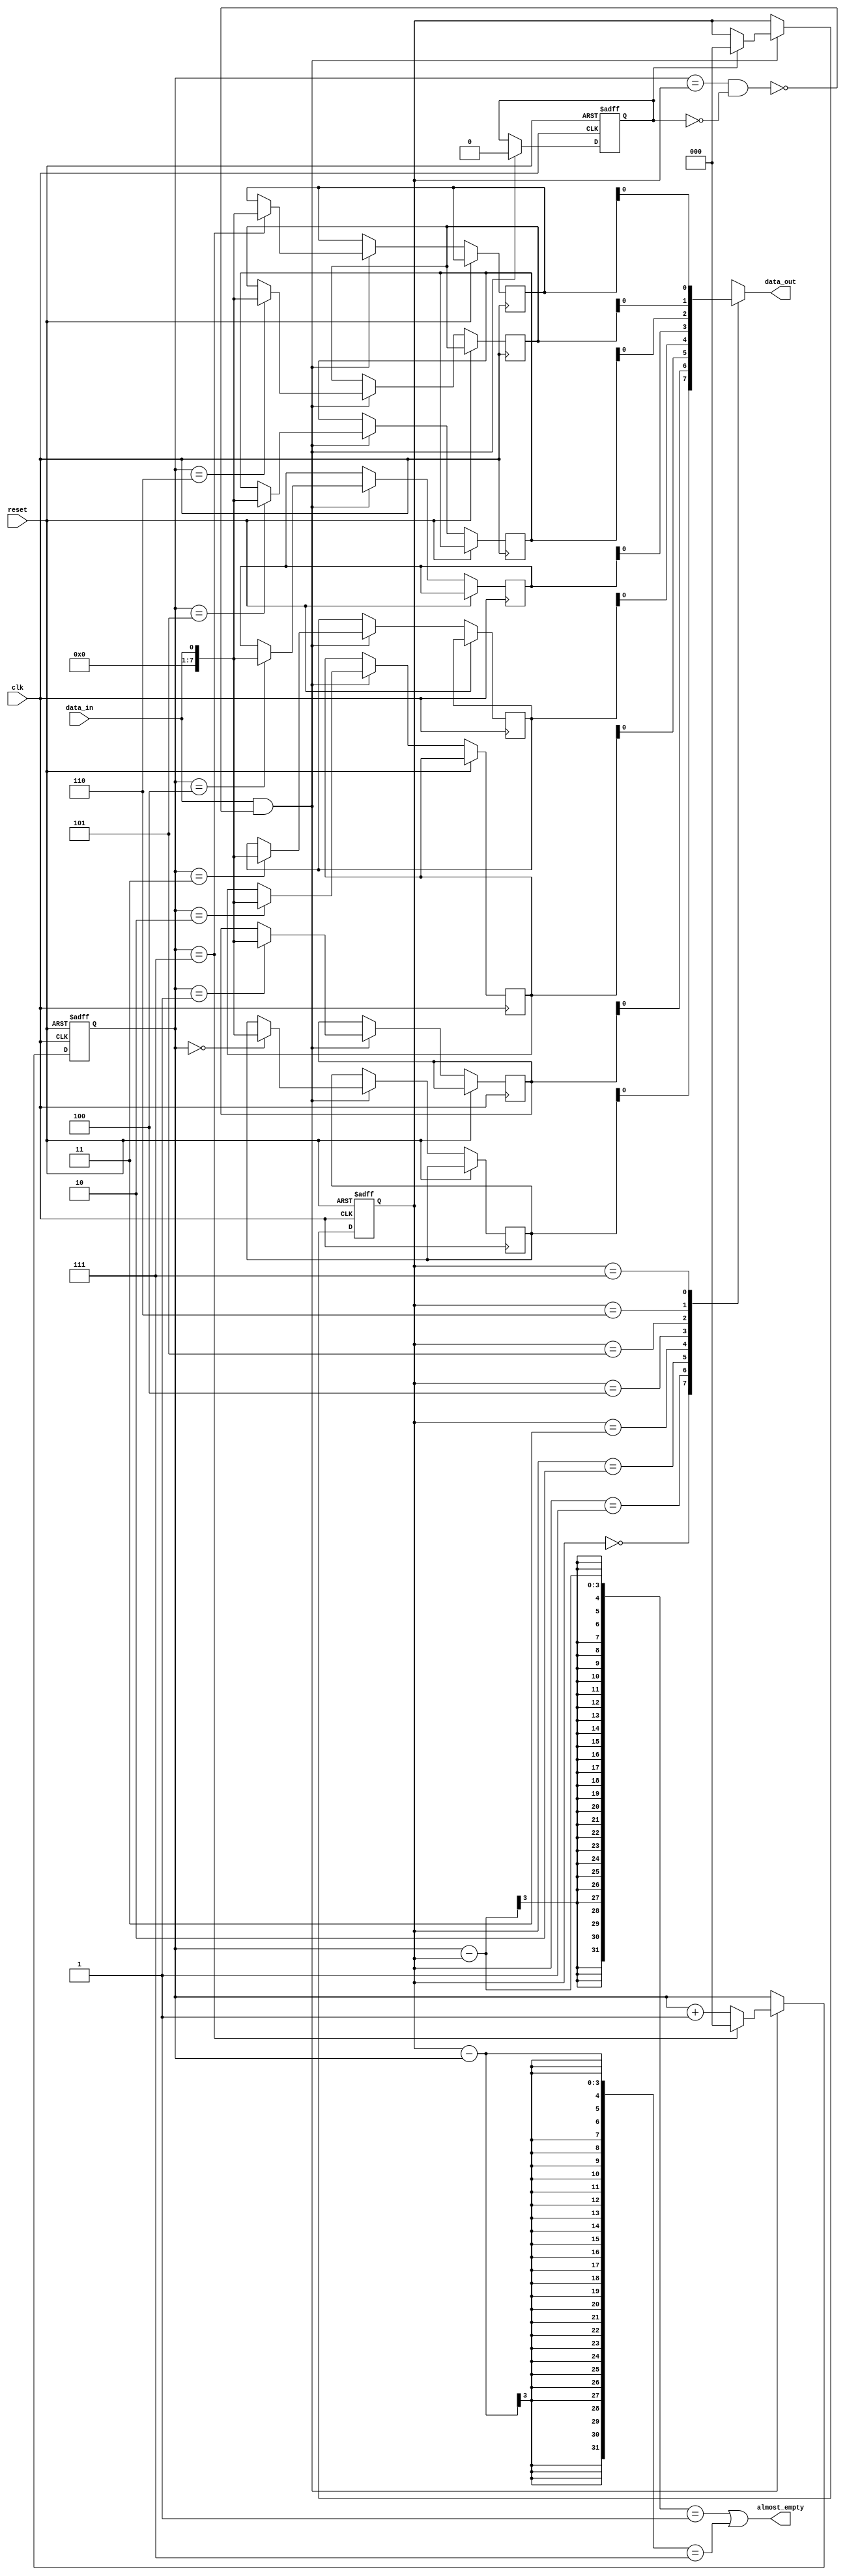
module almost_empty_fifo (
    input wire clk,
    input wire reset,
    input wire data_in,
    output wire data_out,
    output wire almost_empty
);

parameter BUFFER_SIZE = 8;
reg [7:0] buffer [0:BUFFER_SIZE-1]; // 8-bit wide buffer with 8 storage locations
reg [2:0] head_ptr, tail_ptr;

reg empty;
wire full;

assign full = (head_ptr == tail_ptr) && !empty;
assign data_out = buffer[tail_ptr];
assign almost_empty = (head_ptr - tail_ptr) == 1 || (tail_ptr - head_ptr) == (BUFFER_SIZE - 1);

always @(posedge clk or posedge reset) begin
    if (reset) begin
        head_ptr <= 0;
        tail_ptr <= 0;
        empty <= 1;
    end
    else begin
        if (data_in && !full) begin
            buffer[head_ptr] <= data_in;
            head_ptr <= (head_ptr == (BUFFER_SIZE-1)) ? 0 : (head_ptr + 1);
            if (empty) begin
                tail_ptr <= 0;
                empty <= 0;
            end
        end
    end
end

endmodule